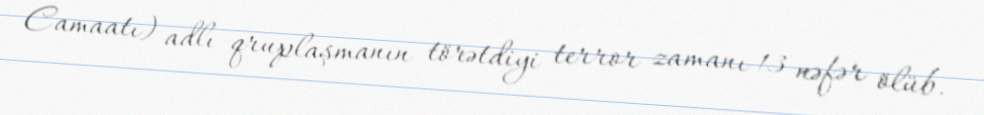
Camaatı) adlı qruplaşmanın törətdiyi terror zamanı 13 nəfər ölüb.